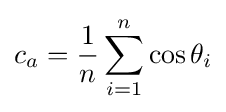
c_{a}={\frac {1}{n}}\sum _{i=1}^{n}\cos \theta _{i}